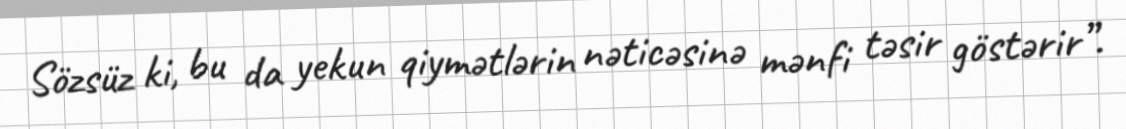
Sözsüz ki, bu da yekun qiymətlərin nəticəsinə mənfi təsir göstərir”.